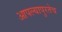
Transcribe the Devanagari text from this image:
आपल्यापुरतेच